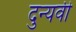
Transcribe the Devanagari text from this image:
दुन्यवी